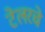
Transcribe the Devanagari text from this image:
टेलरचे